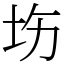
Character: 㘯